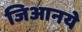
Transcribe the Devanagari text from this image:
जिआनये